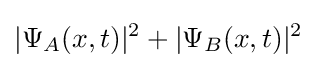
|\Psi _{A}(x,t)|^{2}+|\Psi _{B}(x,t)|^{2}